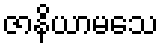
ဇာနိယာမသေ